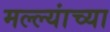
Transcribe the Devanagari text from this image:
मल्ल्यांच्या